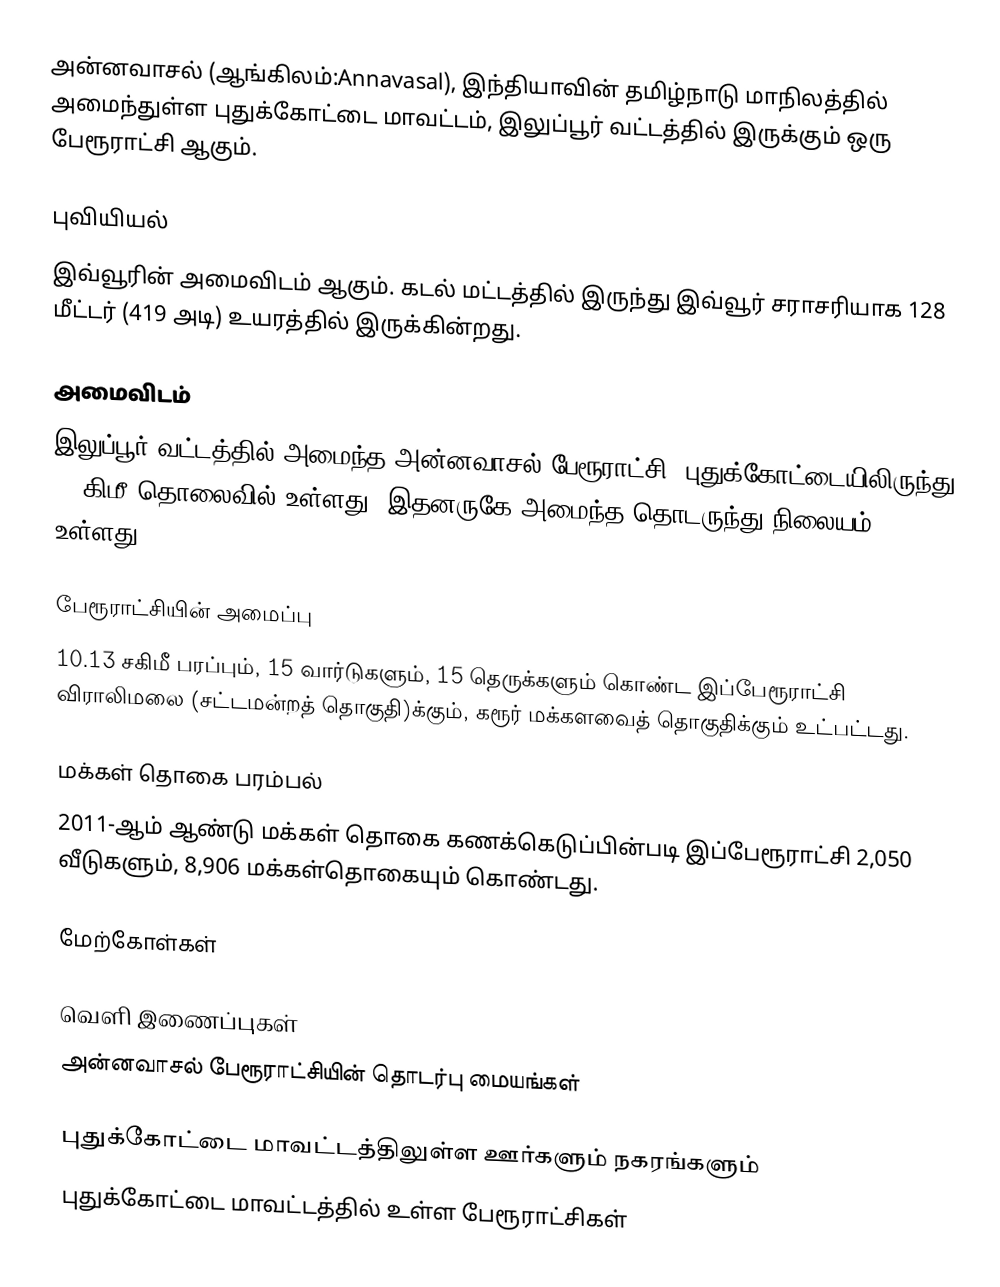
அன்னவாசல் (ஆங்கிலம்:Annavasal), இந்தியாவின் தமிழ்நாடு மாநிலத்தில் அமைந்துள்ள புதுக்கோட்டை மாவட்டம், இலுப்பூர் வட்டத்தில் இருக்கும் ஒரு பேரூராட்சி ஆகும்.

புவியியல்
இவ்வூரின் அமைவிடம்  ஆகும். கடல் மட்டத்தில் இருந்து இவ்வூர் சராசரியாக 128 மீட்டர் (419 அடி) உயரத்தில் இருக்கின்றது.

அமைவிடம்
இலுப்பூர் வட்டத்தில் அமைந்த அன்னவாசல் பேரூராட்சி, புதுக்கோட்டையிலிருந்து  17 கிமீ தொலைவில் உள்ளது. இதனருகே அமைந்த தொடருந்து நிலையம்  உள்ளது.

பேரூராட்சியின் அமைப்பு
10.13 சகிமீ பரப்பும், 15 வார்டுகளும், 15  தெருக்களும் கொண்ட இப்பேரூராட்சி விராலிமலை (சட்டமன்றத் தொகுதி)க்கும், கரூர் மக்களவைத் தொகுதிக்கும் உட்பட்டது.

மக்கள் தொகை பரம்பல்
2011-ஆம் ஆண்டு மக்கள் தொகை கணக்கெடுப்பின்படி  இப்பேரூராட்சி  2,050 வீடுகளும், 8,906  மக்கள்தொகையும் கொண்டது.

மேற்கோள்கள்

வெளி இணைப்புகள்
 அன்னவாசல் பேரூராட்சியின் தொடர்பு மையங்கள்

புதுக்கோட்டை மாவட்டத்திலுள்ள ஊர்களும் நகரங்களும்
புதுக்கோட்டை மாவட்டத்தில் உள்ள பேரூராட்சிகள்